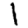
Digit: 1